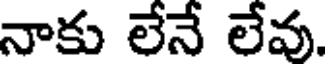
నాకు లేనే లేవు.